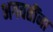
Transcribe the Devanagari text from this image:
भगवतींना